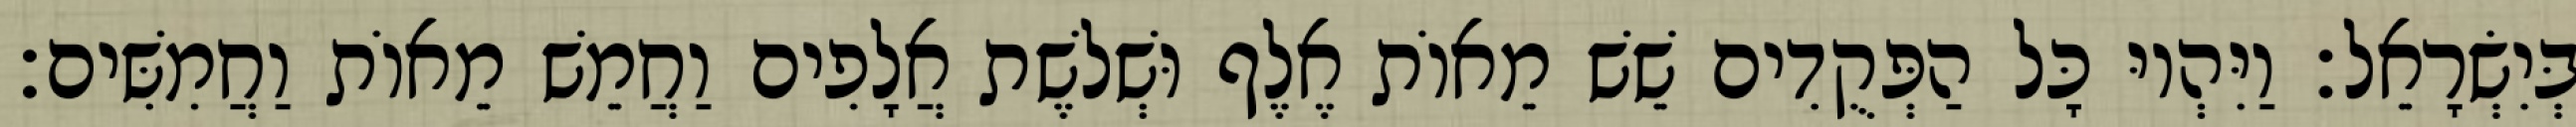
בְּיִשְׂרָאֵל׃ וַיִּהְיוּ כָּל הַפְּקֻדִים שֵׁשׁ מֵאוֹת אֶלֶף וּשְׁלשֶׁת אֲלָפִים וַחֲמֵשׁ מֵאוֹת וַחֲמִשִּׁים׃